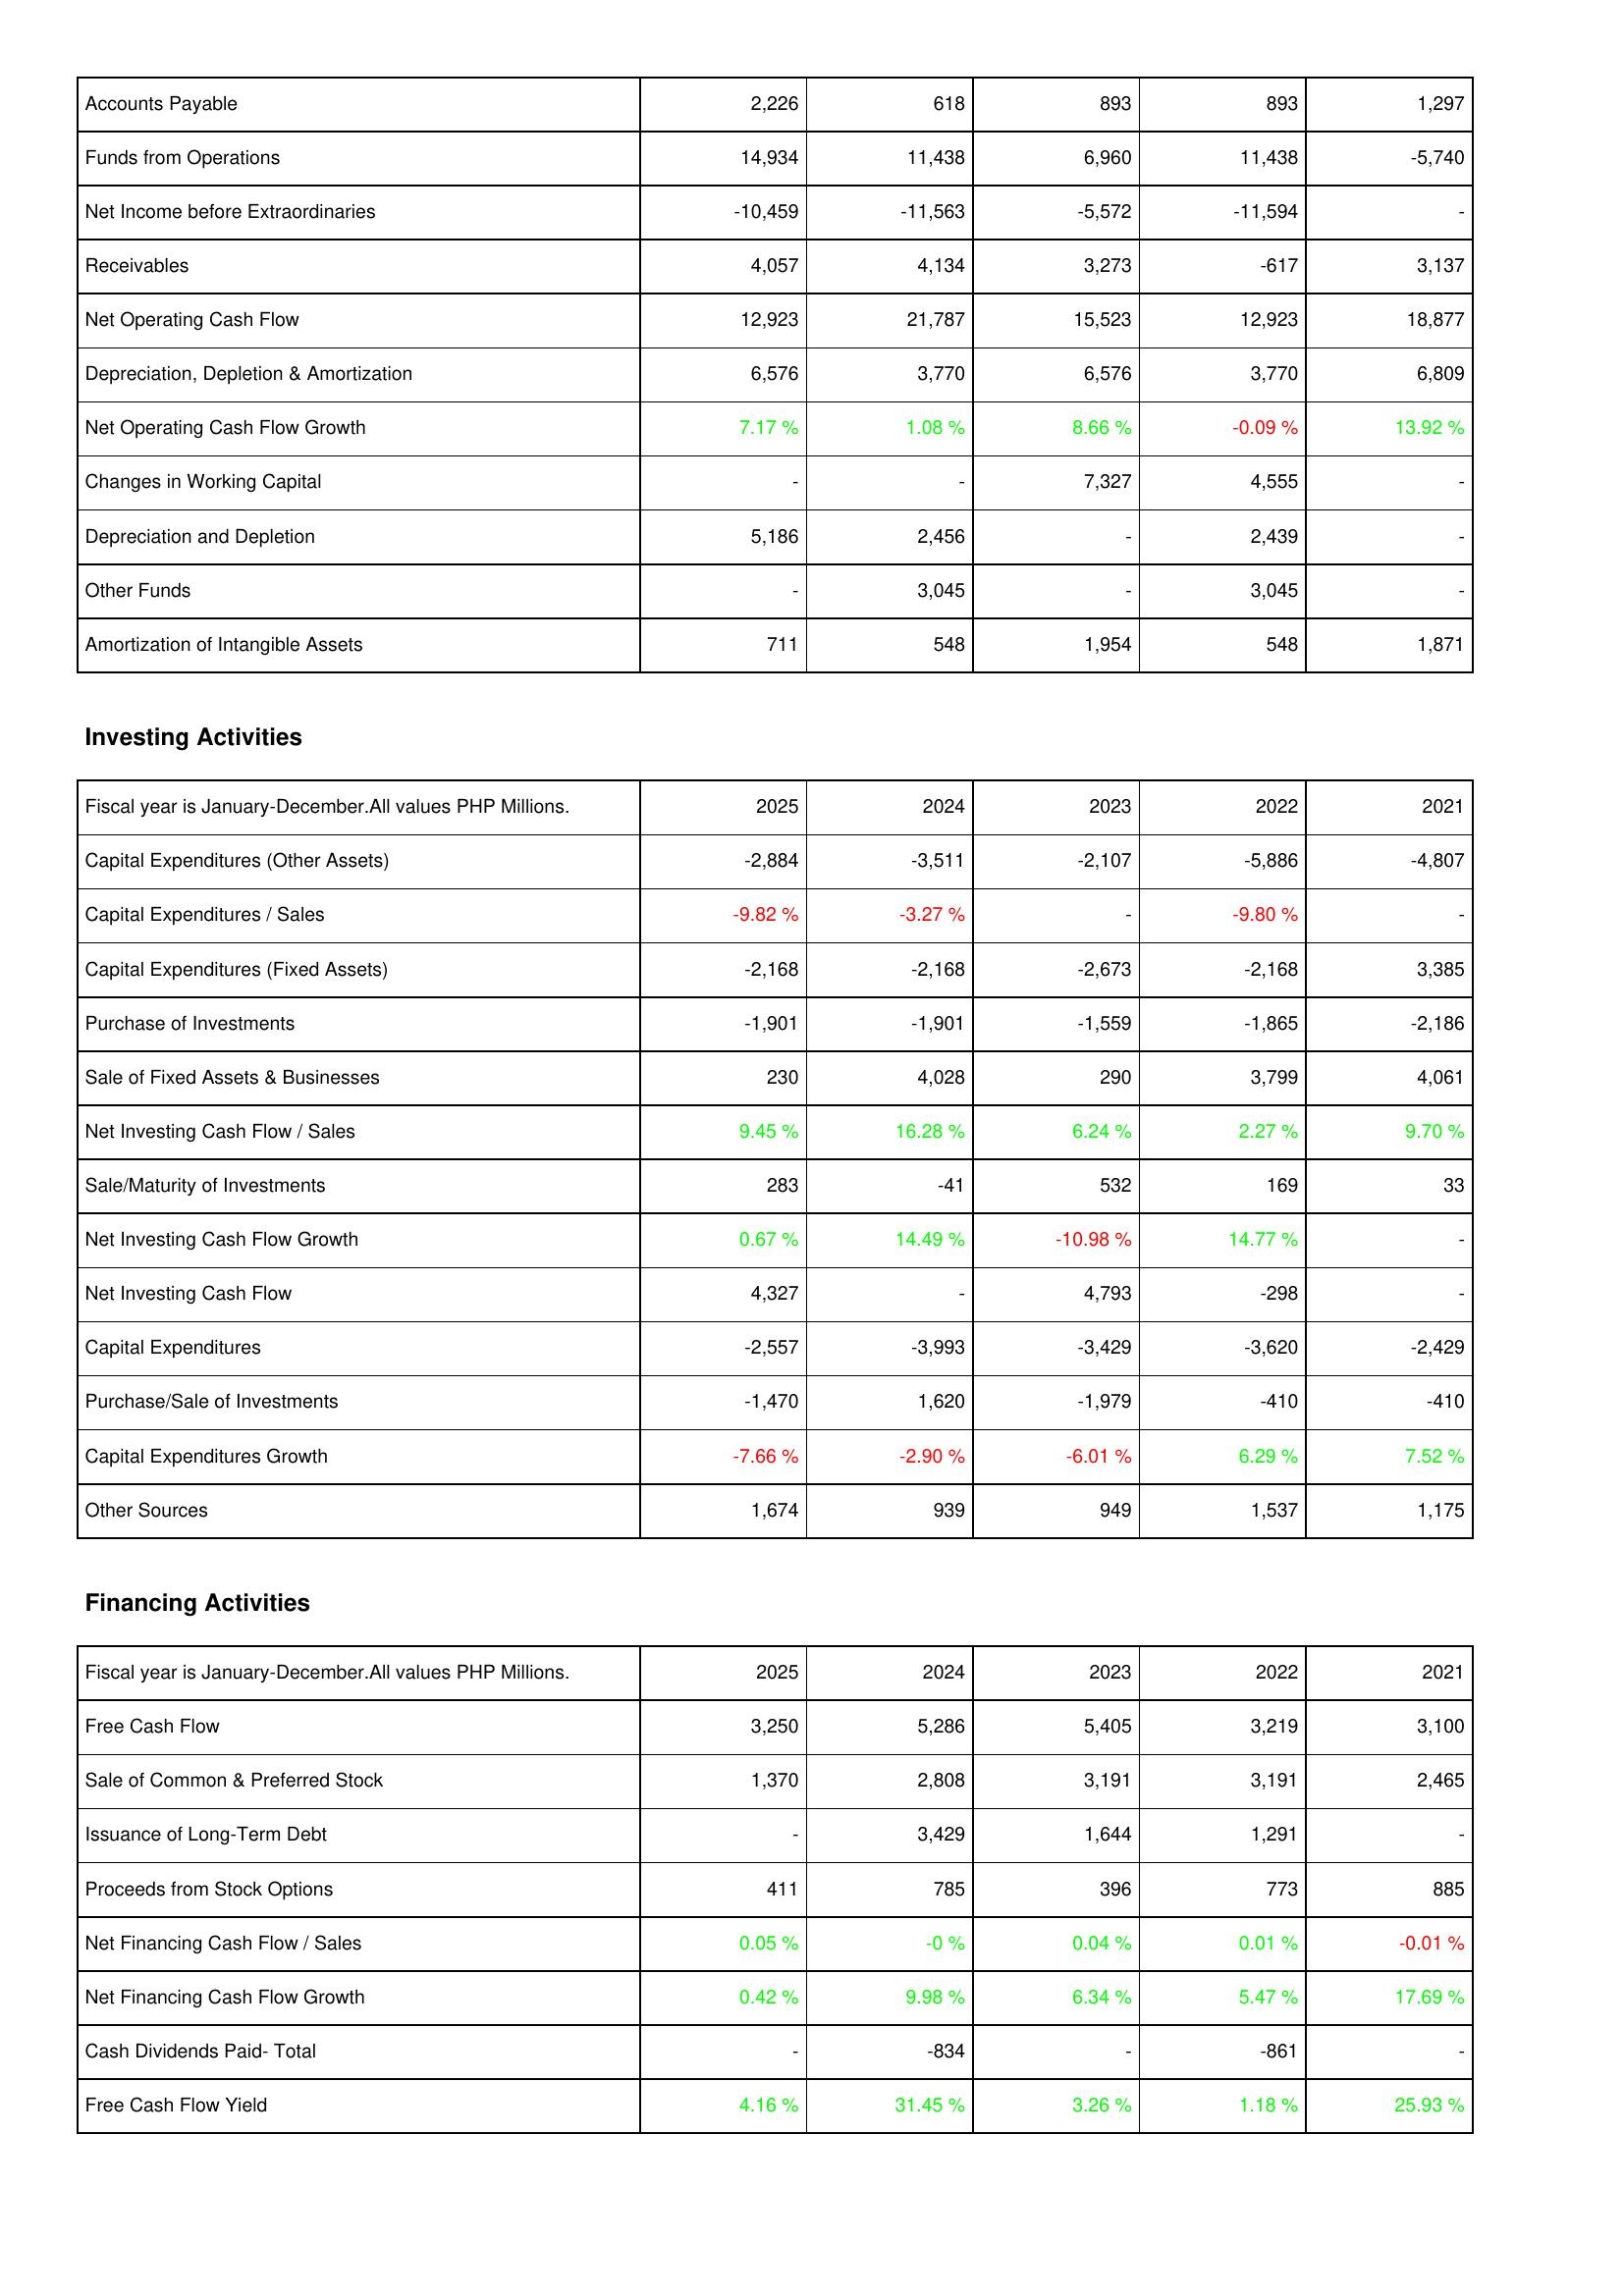
2025: Operating Activities: Accounts Payable: 2,226
Funds from Operations: 14,934
Net Income before Extraordinaries: -10,459
Receivables: 4,057
Net Operating Cash Flow: 12,923
Depreciation, Depletion & Amortization: 6,576
Net Operating Cash Flow Growth: 7.17 %
Changes in Working Capital: -
Depreciation and Depletion: 5,186
Other Funds: -
Amortization of Intangible Assets: 711
Investing Activities: Capital Expenditures (Other Assets): -2,884
Capital Expenditures / Sales: -9.82 %
Capital Expenditures (Fixed Assets): -2,168
Purchase of Investments: -1,901
Sale of Fixed Assets & Businesses: 230
Net Investing Cash Flow / Sales: 9.45 %
Sale/Maturity of Investments: 283
Net Investing Cash Flow Growth: 0.67 %
Net Investing Cash Flow: 4,327
Capital Expenditures: -2,557
Purchase/Sale of Investments: -1,470
Capital Expenditures Growth: -7.66 %
Other Sources: 1,674
Financing Activities: Free Cash Flow: 3,250
Sale of Common & Preferred Stock: 1,370
Issuance of Long-Term Debt: -
Proceeds from Stock Options: 411
Net Financing Cash Flow / Sales: 0.05 %
Net Financing Cash Flow Growth: 0.42 %
Cash Dividends Paid- Total: -
Free Cash Flow Yield: 4.16 %
2024: Operating Activities: Accounts Payable: 618
Funds from Operations: 11,438
Net Income before Extraordinaries: -11,563
Receivables: 4,134
Net Operating Cash Flow: 21,787
Depreciation, Depletion & Amortization: 3,770
Net Operating Cash Flow Growth: 1.08 %
Changes in Working Capital: -
Depreciation and Depletion: 2,456
Other Funds: 3,045
Amortization of Intangible Assets: 548
Investing Activities: Capital Expenditures (Other Assets): -3,511
Capital Expenditures / Sales: -3.27 %
Capital Expenditures (Fixed Assets): -2,168
Purchase of Investments: -1,901
Sale of Fixed Assets & Businesses: 4,028
Net Investing Cash Flow / Sales: 16.28 %
Sale/Maturity of Investments: -41
Net Investing Cash Flow Growth: 14.49 %
Net Investing Cash Flow: -
Capital Expenditures: -3,993
Purchase/Sale of Investments: 1,620
Capital Expenditures Growth: -2.90 %
Other Sources: 939
Financing Activities: Free Cash Flow: 5,286
Sale of Common & Preferred Stock: 2,808
Issuance of Long-Term Debt: 3,429
Proceeds from Stock Options: 785
Net Financing Cash Flow / Sales: -0 %
Net Financing Cash Flow Growth: 9.98 %
Cash Dividends Paid- Total: -834
Free Cash Flow Yield: 31.45 %
2023: Operating Activities: Accounts Payable: 893
Funds from Operations: 6,960
Net Income before Extraordinaries: -5,572
Receivables: 3,273
Net Operating Cash Flow: 15,523
Depreciation, Depletion & Amortization: 6,576
Net Operating Cash Flow Growth: 8.66 %
Changes in Working Capital: 7,327
Depreciation and Depletion: -
Other Funds: -
Amortization of Intangible Assets: 1,954
Investing Activities: Capital Expenditures (Other Assets): -2,107
Capital Expenditures / Sales: -
Capital Expenditures (Fixed Assets): -2,673
Purchase of Investments: -1,559
Sale of Fixed Assets & Businesses: 290
Net Investing Cash Flow / Sales: 6.24 %
Sale/Maturity of Investments: 532
Net Investing Cash Flow Growth: -10.98 %
Net Investing Cash Flow: 4,793
Capital Expenditures: -3,429
Purchase/Sale of Investments: -1,979
Capital Expenditures Growth: -6.01 %
Other Sources: 949
Financing Activities: Free Cash Flow: 5,405
Sale of Common & Preferred Stock: 3,191
Issuance of Long-Term Debt: 1,644
Proceeds from Stock Options: 396
Net Financing Cash Flow / Sales: 0.04 %
Net Financing Cash Flow Growth: 6.34 %
Cash Dividends Paid- Total: -
Free Cash Flow Yield: 3.26 %
2022: Operating Activities: Accounts Payable: 893
Funds from Operations: 11,438
Net Income before Extraordinaries: -11,594
Receivables: -617
Net Operating Cash Flow: 12,923
Depreciation, Depletion & Amortization: 3,770
Net Operating Cash Flow Growth: -0.09 %
Changes in Working Capital: 4,555
Depreciation and Depletion: 2,439
Other Funds: 3,045
Amortization of Intangible Assets: 548
Investing Activities: Capital Expenditures (Other Assets): -5,886
Capital Expenditures / Sales: -9.80 %
Capital Expenditures (Fixed Assets): -2,168
Purchase of Investments: -1,865
Sale of Fixed Assets & Businesses: 3,799
Net Investing Cash Flow / Sales: 2.27 %
Sale/Maturity of Investments: 169
Net Investing Cash Flow Growth: 14.77 %
Net Investing Cash Flow: -298
Capital Expenditures: -3,620
Purchase/Sale of Investments: -410
Capital Expenditures Growth: 6.29 %
Other Sources: 1,537
Financing Activities: Free Cash Flow: 3,219
Sale of Common & Preferred Stock: 3,191
Issuance of Long-Term Debt: 1,291
Proceeds from Stock Options: 773
Net Financing Cash Flow / Sales: 0.01 %
Net Financing Cash Flow Growth: 5.47 %
Cash Dividends Paid- Total: -861
Free Cash Flow Yield: 1.18 %
2021: Operating Activities: Accounts Payable: 1,297
Funds from Operations: -5,740
Net Income before Extraordinaries: -
Receivables: 3,137
Net Operating Cash Flow: 18,877
Depreciation, Depletion & Amortization: 6,809
Net Operating Cash Flow Growth: 13.92 %
Changes in Working Capital: -
Depreciation and Depletion: -
Other Funds: -
Amortization of Intangible Assets: 1,871
Investing Activities: Capital Expenditures (Other Assets): -4,807
Capital Expenditures / Sales: -
Capital Expenditures (Fixed Assets): 3,385
Purchase of Investments: -2,186
Sale of Fixed Assets & Businesses: 4,061
Net Investing Cash Flow / Sales: 9.70 %
Sale/Maturity of Investments: 33
Net Investing Cash Flow Growth: -
Net Investing Cash Flow: -
Capital Expenditures: -2,429
Purchase/Sale of Investments: -410
Capital Expenditures Growth: 7.52 %
Other Sources: 1,175
Financing Activities: Free Cash Flow: 3,100
Sale of Common & Preferred Stock: 2,465
Issuance of Long-Term Debt: -
Proceeds from Stock Options: 885
Net Financing Cash Flow / Sales: -0.01 %
Net Financing Cash Flow Growth: 17.69 %
Cash Dividends Paid- Total: -
Free Cash Flow Yield: 25.93 %